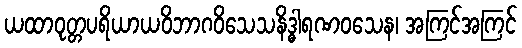
ယထာဝုတ္တပရိယာယဝိဘာဂဝိသေသနိဒ္ဓါရဏဝသေန၊ အကြင်အကြင်